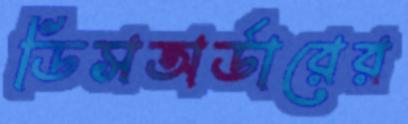
ডিসঅর্ডারের